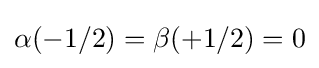
\alpha (-1/2)=\beta (+1/2)=0